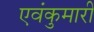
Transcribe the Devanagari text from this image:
एवंकुमारी